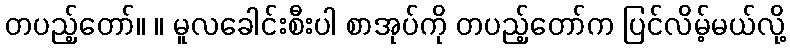
တပည့်တော်။ ။ မူလခေါင်းစီးပါ စာအုပ်ကို တပည့်တော်က ပြင်လိမ့်မယ်လို့